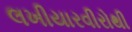
લખીયારવીરોથી